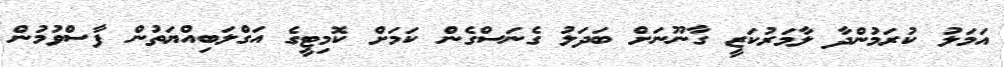
އަމަލު ކުރަމުންދާ ލާމަރުކަޒީ ގާނޫނަށް ބަދަލު ގެނަސްގެން ކަމަށް ކޮމިޓީގެ އަގްލަބިއްޔަތުން ފާސްވުމުން